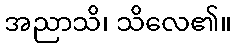
အညာသိ၊ သိလေ၏။